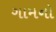
ગામનો